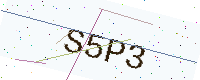
Text: S5P3